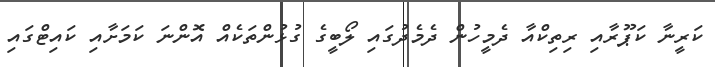
ކަރީނާ ކަޕޫރާއި ރިތިކްއާ ދެމީހުން ދެމެދުގައި ލޯބީގެ ގުޅުންތަކެއް އޮންނަ ކަމަށާއި ކައިޓްގައި